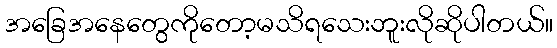
အခြေအနေတွေကိုတော့မသိရသေးဘူးလိုဆိုပါတယ်။